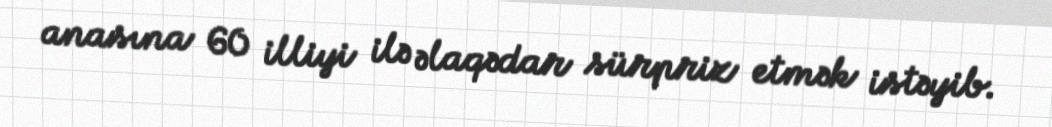
anasına 60 illiyi ilə əlaqədar sürpriz etmək istəyib.